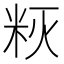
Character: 𰪳